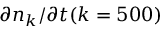
\partial n _ { k } / \partial t ( k = 5 0 0 )